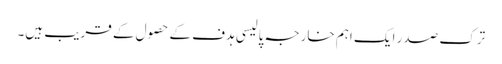
ترک صدر ایک اہم خارجہ پالیسی ہدف کے حصول کے قریب ہیں۔